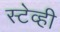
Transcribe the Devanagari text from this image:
स्टेव्ही